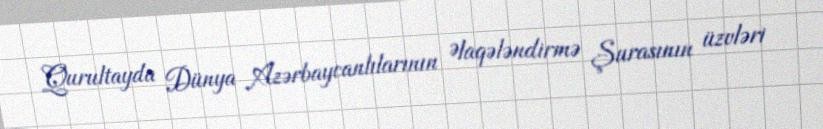
Qurultayda Dünya Azərbaycanlılarının Əlaqələndirmə Şurasının üzvləri